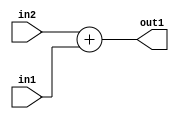
`timescale 1ps / 1ps
/*****************************************************************************
    Verilog RTL Description
    
    
    Created by: Stratus DpOpt 2019.1.01 
*******************************************************************************/

module feature_write_addr_gen_Add_32Ux1U_32U_4_1 (
	in2,
	in1,
	out1
	); /* architecture "behavioural" */ 
input [31:0] in2;
input  in1;
output [31:0] out1;
wire [31:0] asc001;

assign asc001 = 
	+(in2)
	+(in1);

assign out1 = asc001;
endmodule

/* CADENCE  ubDySAw= : u9/ySgnWtBlWxVPRXgAZ4Og= ** DO NOT EDIT THIS LINE ******/